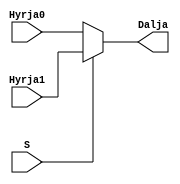
`timescale 1ns / 1ps
//////////////////////////////////////////////////////////////////////////////////
// Company: 
// Engineer: 
// 
// Design Name: 
// Module Name: mux2ne1
// Project Name: 
// Target Devices: 
// Tool Versions: 
// Description: 
// 
// Dependencies: 
// 
// Revision:
// Revision 0.01 - File Created
// Additional Comments:
// 
//////////////////////////////////////////////////////////////////////////////////


module mux2ne1(
    input Hyrja0,
    input Hyrja1,
    input S,
    output Dalja
    );
    
assign Dalja = S ? Hyrja1 : Hyrja0;

endmodule